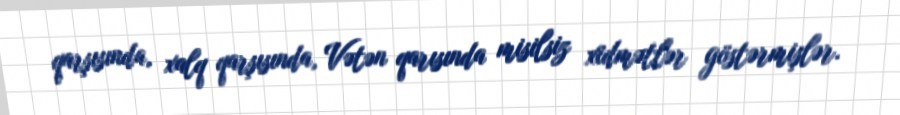
qarşısında, xalq qarşısında, Vətən qarısında misilsiz xidmətlər göstərmişlər.